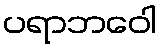
ပရာဘဝေါ